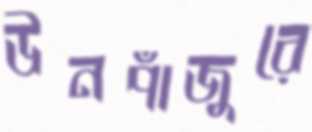
উনপাঁজুরে